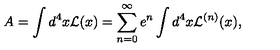
A = \int d ^ { 4 } x { \cal L } ( x ) = \sum _ { n = 0 } ^ { \infty } e ^ { n } \int d ^ { 4 } x { \cal L } ^ { ( n ) } ( x ) ,